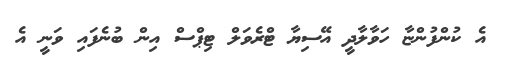
އެ ކުންފުންޏާ ހަވާލާދީ އޭސިޔާ ޓްރެވަލް ޓިޕްސް އިން ބުނެފައި ވަނީ އެ